Civil Veterinary Department. Central Provinces & Berar 1925-31 - 1925-1931
Year: 1925
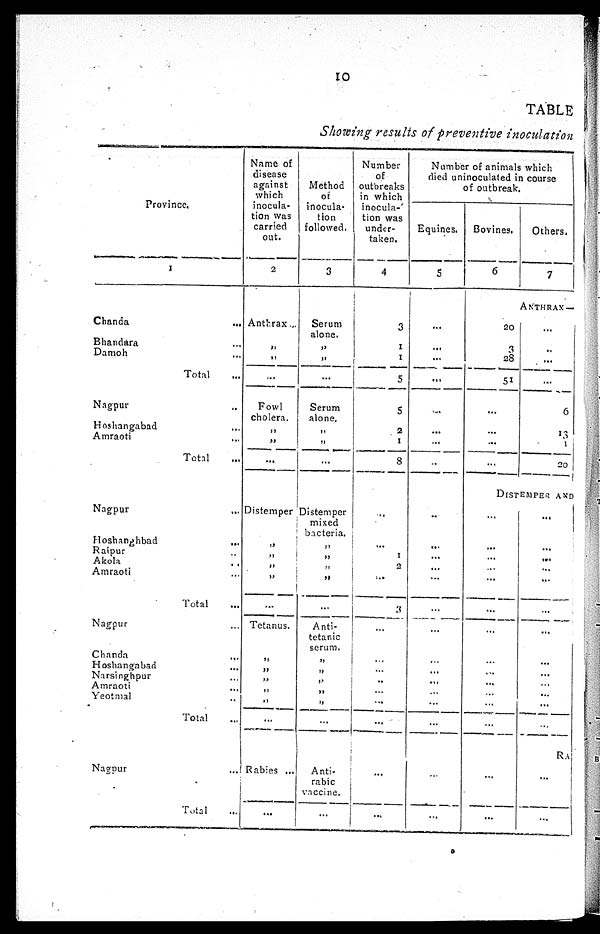
10
TABLE
Showing results of preventive inoculation
Province.
1
Chanda
...
Bhandara ...
Damoh ...
Total ...
Nagpur ..
Hoshangabad ...
Amraoti ...
Total ...
Nagpur
...
Hoshanghbad
...
Raipur ...
Akola ...
Amraoti ...
Total ...
Nagpur ...
Chanda ...
Hoshangabad ...
Narsinghpur ...
Amraoti ...
Yeotmal ...
Total ...
Nagpur ...
Total ...
Name of
disease
against
which
inocula-
tion was
carried
out.
2
Anthrax...
„
„
...
Fowl
cholera.
„
„
...
Distemper
„
„
„
„
...
Tetanus.
„
„
„
„
„
...
Rabies ...
...
Method
of
inocula-
tion
followed.
3
Serum
alone.
„
„
...
Serum
alone.
„
„
...
Distemper
mixed
bacteria.
„
„
„
„
„
Anti¬
tetanic
serum.
„
„
„
„ „
...
Anti¬
rabic
vaccine.
...
Number
of
outbreaks
in which
inocula-
tion was
under-
taken.
4
3
1
1
5
5
2
1
8
...
...
1
2
...
3
...
...
...
..
...
...
...
...
...
Number of animals which
died uninoculated in course
of outbreak.
Equines.
5
...
...
...
...
...
...
...
..
...
...
...
...
...
...
...
...
...
...
...
...
...
...
...
Bovines.
6
20
3
28
51
...
...
...
...
...
...
...
...
...
...
...
...
...
...
...
...
...
...
...
Others.
7
ANTHRAX—
...
...
...
...
6
13
1
20
DISTEMPER AND
...
...
...
...
...
...
...
...
...
...
...
...
...
RA
...
...